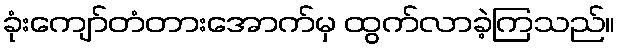
ခုံးကျော်တံတားအောက်မှ ထွက်လာခဲ့ကြသည်။